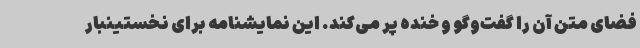
فضای متن آن را گفت‌وگو و خنده پر می‌کند. این نمایشنامه برای نخستینبار